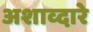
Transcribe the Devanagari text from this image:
अशाव्दारे